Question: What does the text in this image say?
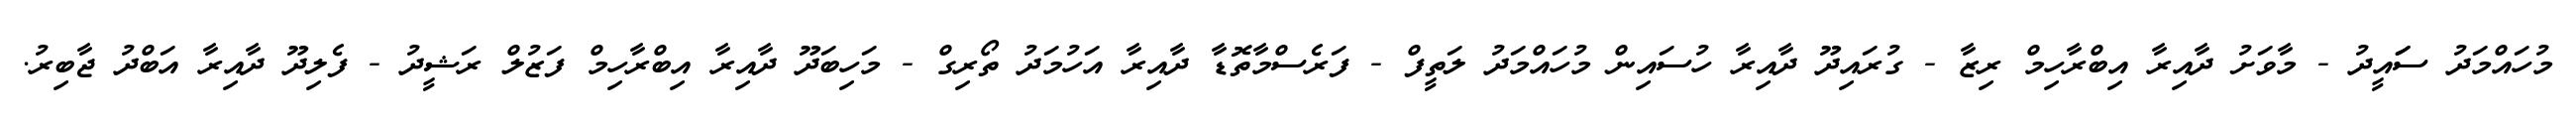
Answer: މުހައްމަދު ސަައީދު - މާވަށު ދާއިރާ އިބްރާހިމް ރިޒާ - ގުރައިދޫ ދާއިރާ ހުސައިން މުހައްމަދު ލަތީފް - ފަރެސްމާތޮޑާ ދާއިރާ އަހުމަދު ތޯރިގް - މަހިބަދޫ ދާއިރާ އިބްރާހިމް ފަޒުލް ރަޝީދު - ފެލިދޫ ދާއިރާ އަބްދު ޖާބިރު.